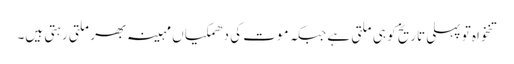
تنخواہ تو پہلی تاریخ کو ہی ملتی ہے جبکہ موت کی دھمکیاں مہینہ بھر ملتی رہتی ہیں۔